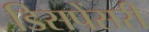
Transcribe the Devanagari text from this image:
डिसपेंसरी